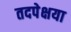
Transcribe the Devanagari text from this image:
तदपेक्षया